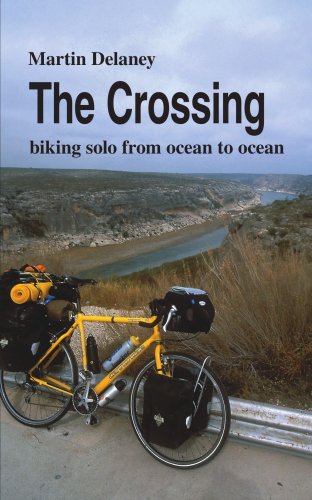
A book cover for The Crossing: biking solo from ocean to ocean; Martin Delaney; Travel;